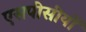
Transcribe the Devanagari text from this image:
एसपीसीयों